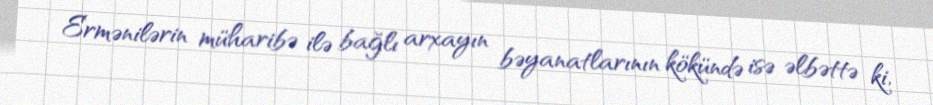
Ermənilərin müharibə ilə bağlı arxayın bəyanatlarının kökündə isə əlbəttə ki,